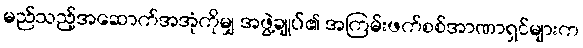
မည်သည့်အဆောက်အအုံကိုမျှ အဖွဲ့ချုပ်၏ အကြမ်းဖက်စစ်အာဏာရှင်များက